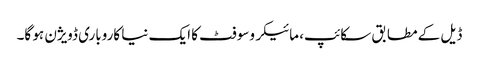
ڈیل کے مطابق سکائپ، مائیکروسوفٹ کا ایک نیا کاروباری ڈویژن ہو گا۔